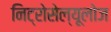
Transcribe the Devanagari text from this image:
निट्रोसेल्यूलोज